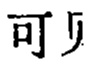
可贝